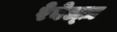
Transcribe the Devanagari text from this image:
रेबेल्ज़